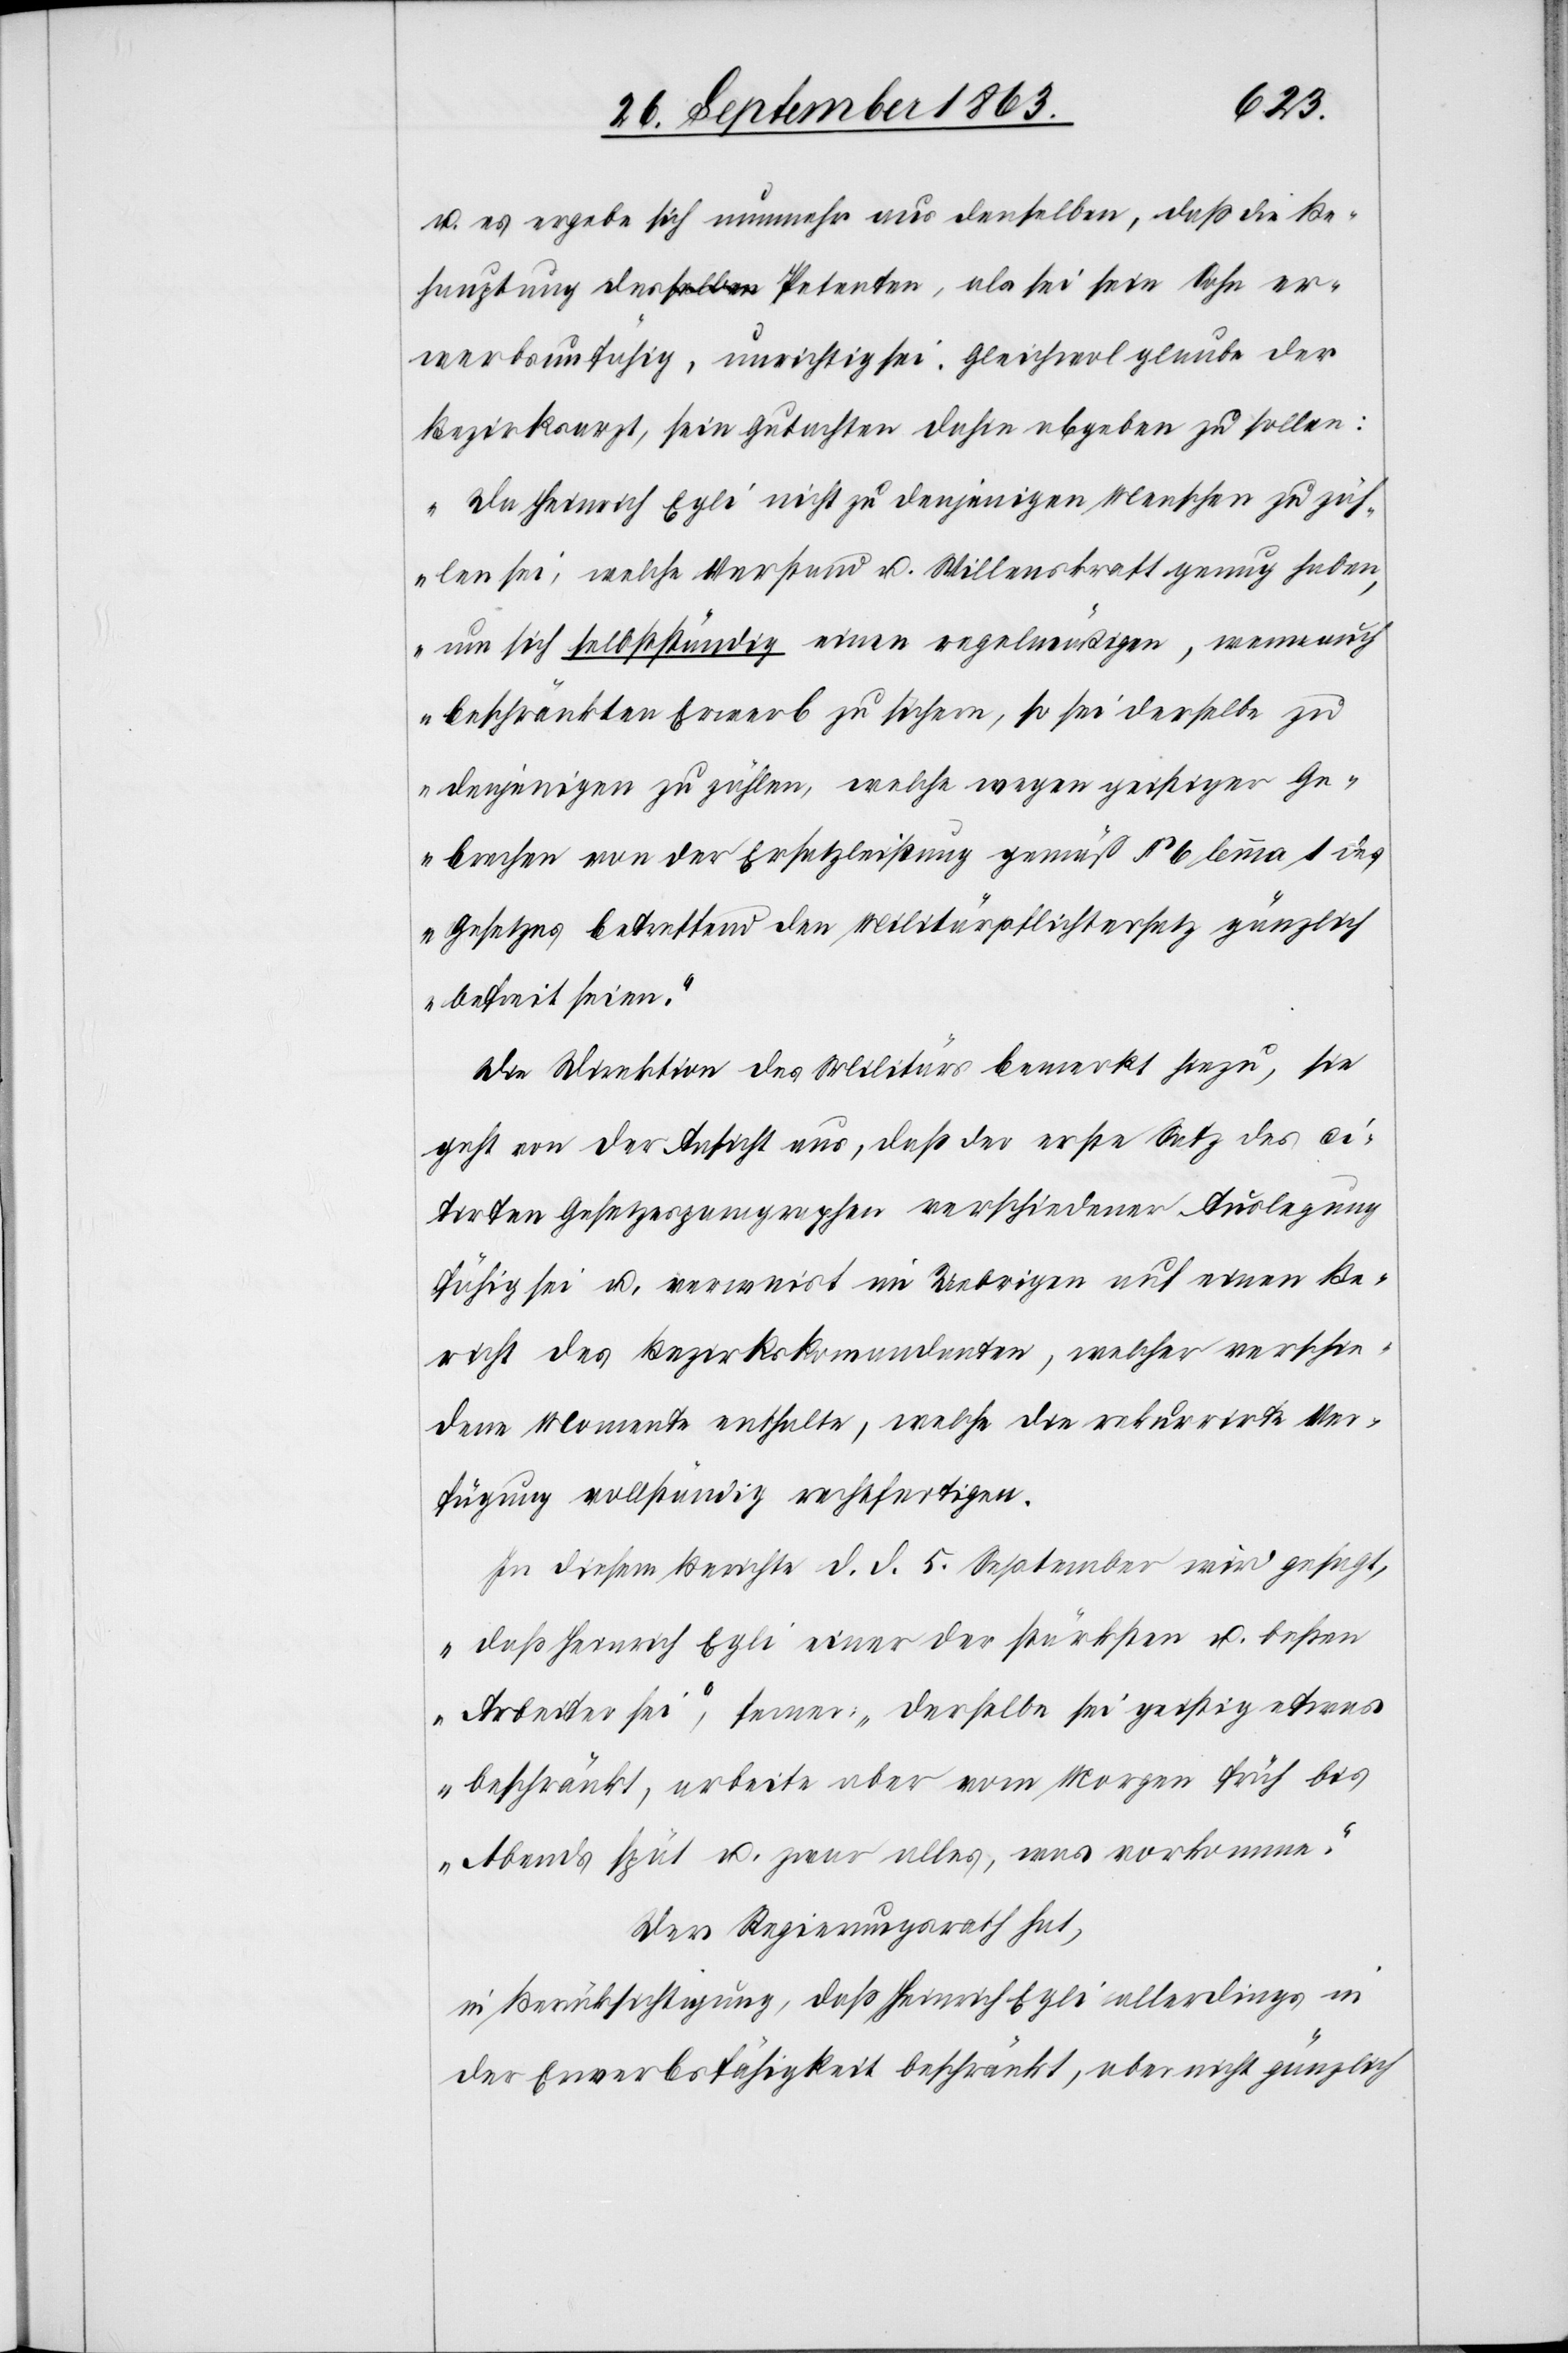
u. es ergebe sich nunmehr aus denselben, daß die Be¬
hauptung des Petenten, als sei sein Sohn er¬
werbsunfähig, unrichtig sei. Gleichwol glaube der
Bezirksarzt, sein Gutachten dahin abgeben zu sollen:
„Da Heinrich Egli nicht zu denjenigen Menschen zu zäh¬
len sei, welche Verstand u. Willenskraft genug haben,
um sich selbstständig einen regelmäßigen, wenn auch
beschränkten Erwerb zu sichern, so sei derselbe zu
denjenigen zu zählen, welche wegen geistiger Ge¬
brechen von der Ersatzleistung gemäß § 6 lemma 1 des
Gesetzes betreffend den Militärpflichtersatz gänzlich
befreit seien.“
Die Direktion des Militärs bemerkt hiezu, sie
geht von der Ansicht aus, daß der erste Satz des ci¬
tirten Gesetzesparagraphen verschiedener Auslegung
fähig sei u. verweist im Uebrigen auf einen Be¬
richt des Bezirkskommandanten, welcher verschie¬
dene Momente enthalte, welche die rekurrirte Ver¬
fügung vollständig rechtfertigen.
In diesem Berichte d. d. 5. September wird gesagt,
„daß Heinrich Egli einer der stärksten u. besten
Arbeiter sei“, ferner: „derselbe sei geistig etwas
beschränkt, arbeite aber vom Morgen früh bis
Abends spät u. zwar alles, was vorkomme“.
Der Regierungsrath hat,
in Berücksichtigung, daß Heinrich Egli allerdings in
der Erwerbsfähigkeit beschränkt, aber nicht gänzlich